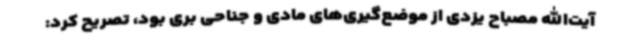
آیت‌الله مصباح یزدی از موضع‌گیری‌های مادی و جناحی بری بود، تصریح کرد: